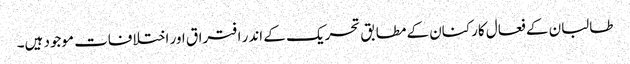
طالبان کے فعال کارکنان کے مطابق تحریک کے اندر افتراق اور اختلافات موجود ہیں۔